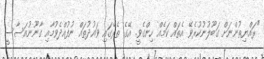
"ރައްޔިތުންނަށް ގަބޫލުނުކުރެވޭ އެތައް ކަމެއް ހިންގެވީ. އޭގެ ތެރޭގައި ވައުދުތައް ނުފުއްދެވުމާއި ގާނޫނުއަސާސީ